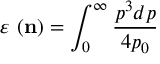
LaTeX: \varepsilon \ ( { \bf n } ) = \int _ { 0 } ^ { \infty } \frac { p ^ { 3 } d p } { 4 p _ { 0 } }